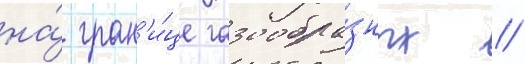
на́ гран'и́це газообра́зных /